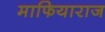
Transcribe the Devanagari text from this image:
माफियाराज